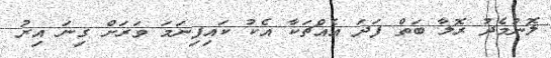
ލޮނުމެދު ރޮލާ ބަތް ފަދަ އެއްޗަކާ އެކު ކައިފިނަމަ ވަރަށް ގިނަ އިރު